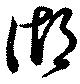
湖